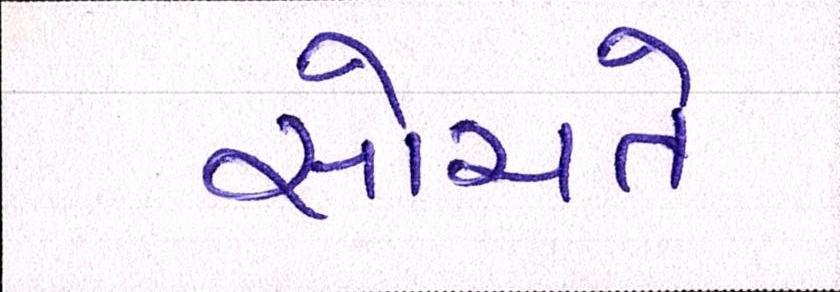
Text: સોચતે